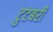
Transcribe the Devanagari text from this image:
टुटबरी